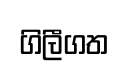
ගිලීගත